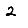
Digit: 2